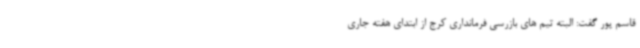
قاسم پور گفت: البته تیم های بازرسی فرمانداری کرج از ابتدای هفته جاری